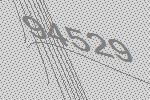
94529